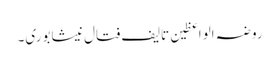
روضہ الواعظین تالیف فتال نیشابوری۔